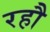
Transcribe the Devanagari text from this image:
रहौ